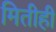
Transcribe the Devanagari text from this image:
मितीही